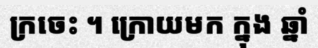
ក្រចេះ ។ ក្រោយមក ក្នុង ឆ្នាំ